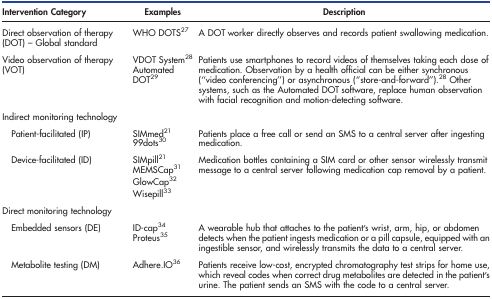
| Intervention Category | Examples | Description |
 | --- | --- | --- |
 | Direct observation of therapy (DOT) – Global standard | WHO DOTS27 | A DOT worker directly observes and records patient swallowing medication. |
 | <ROWSPAN=2> Video observation of therapy (VOT) | VDOT System28 | <ROWSPAN=2> Patients use smartphones to record videos of themselves taking each dose of medication. Observation by a health official can be either synchronous (“video conferencing”) or asynchronous (“store-and-forward”).28 Other systems, such as the Automated DOT software, replace human observation with facial recognition and motion-detecting software. |
 | Automated DOT29 |
 | Indirect monitoring technology |  |  |
 | <ROWSPAN=2> Patient-facilitated (IP) | SIMmed21 | <ROWSPAN=2> Patients place a free call or send an SMS to a central server after ingesting medication. |
 | 99dots30 |
 | <ROWSPAN=4> Device-facilitated (ID) | SIMpill21 | <ROWSPAN=4> Medication bottles containing a SIM card or other sensor wirelessly transmit message to a central server following medication cap removal by a patient. |
 | MEMSCap31 |
 | GlowCap32 |
 | Wisepill33 |
 | Direct monitoring technology |  |  |
 | <ROWSPAN=2> Embeddedsensors (DE) | ID-cap34 | <ROWSPAN=2> A wearable hub that attaches to the patient’s wrist, arm, hip, or abdomen detects when the patient ingests medication or a pill capsule, equipped with an ingestible sensor, and wirelessly transmits the data to a central server. |
 | Proteus35 |
 | Metabolitetesting (DM) | Adhere.IO36 | Patients receive low-cost, encrypted chromatography test strips for home use, which reveal codes when correct drug metabolites are detected in the patient’s urine. The patient sends an SMS with the code to a central server. |